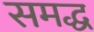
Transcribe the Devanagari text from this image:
समद्ध